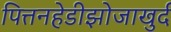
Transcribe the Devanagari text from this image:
पित्तनहेडीझोजाखुर्द